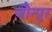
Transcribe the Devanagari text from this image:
जौन्पुर